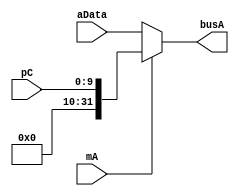
`timescale 1ns / 1ps
//////////////////////////////////////////////////////////////////////////////////
// Company: 
// Engineer: 
// 
// Design Name: 
// Module Name: muxA
// Project Name: 
// Target Devices: 
// Tool Versions: 
// Description: 
// 
// Dependencies: 
// 
// Revision:
// Revision 0.01 - File Created
// Additional Comments:
// 
//////////////////////////////////////////////////////////////////////////////////


module muxA(
    input     [9:0]    pC,
    input    [31:0] aData,
    input              mA,
    output   [31:0]  busA
    );

assign busA = mA ? pC : aData;

endmodule